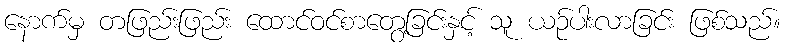
နောက်မှ တဖြည်းဖြည်း ထောင်ဝင်စာတွေ့ခြင်းနှင့် သူ ယဉ်ပါးလာခြင်း ဖြစ်သည်။